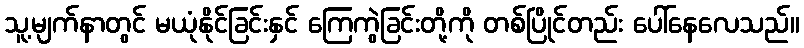
သူ့မျက်နာတွင် မယုံနိုင်ခြင်းနှင် ကြေကွဲခြင်းတို့ကို တစ်ပြိုင်တည်း ပေါ်နေလေသည်။